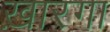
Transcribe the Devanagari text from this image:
ख़ारगा